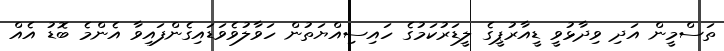
ތަސްމީން އަދި ވިދާޅުވީ ޑީއާރުޕީގެ ލީޑަރުކަމުގެ ހައިސިއްޔަތުން ހަވާލުވެވަޑައިގެންފައިވާ އެންމެ ބޮޑު އެއް